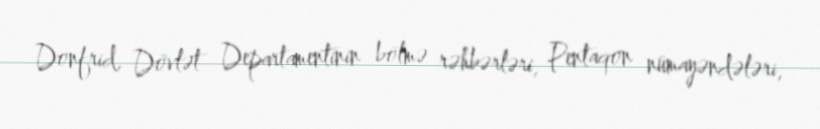
Donfrid, Dövlət Departamentinin bölmə rəhbərləri, Pentaqon nümayəndələri,